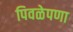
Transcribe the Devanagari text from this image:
पिवळेपणा